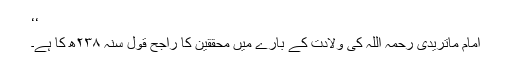
‘‘
امام ماتریدی رحمہ اللہ کی ولادت کے بارے میں محققین کا راجح قول سنہ ۲۳۸ھ کا ہے۔